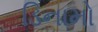
ડિનામો